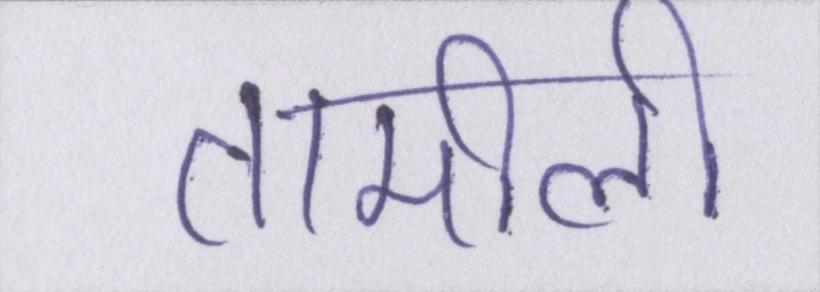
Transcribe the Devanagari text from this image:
तामीली